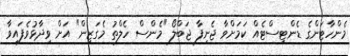
މެންހާޓަންގެ ޑެންޓިސްޓެއް ކަމަށްވާ ޖެނިފާ ޖަބްލޯ "މެންސް ހެލްތު މެގަޒިން" އަށް ވިދާޅުވެފައިވާ